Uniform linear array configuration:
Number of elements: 32
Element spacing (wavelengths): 1
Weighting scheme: uniform
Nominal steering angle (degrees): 0
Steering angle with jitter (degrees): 1.701
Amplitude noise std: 0.05
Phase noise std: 0.05

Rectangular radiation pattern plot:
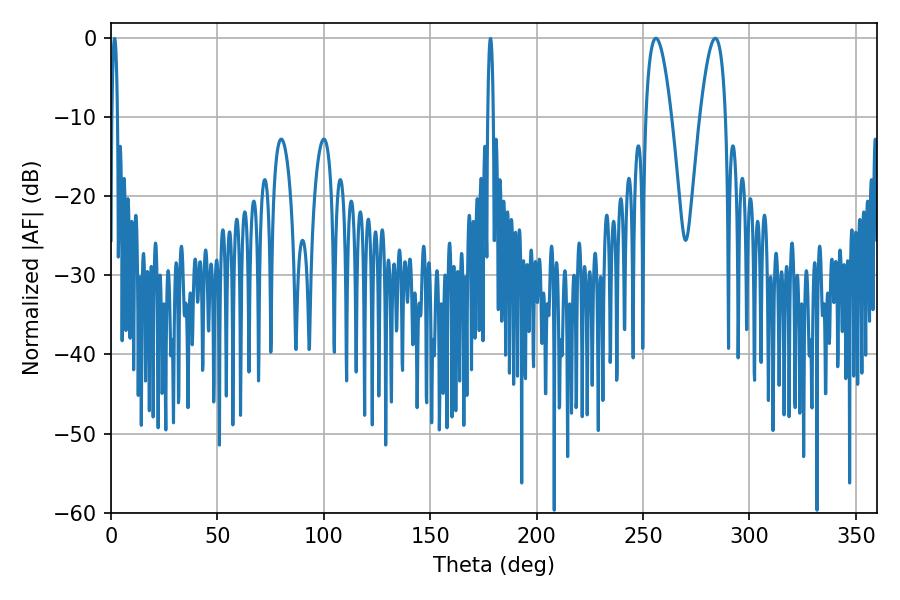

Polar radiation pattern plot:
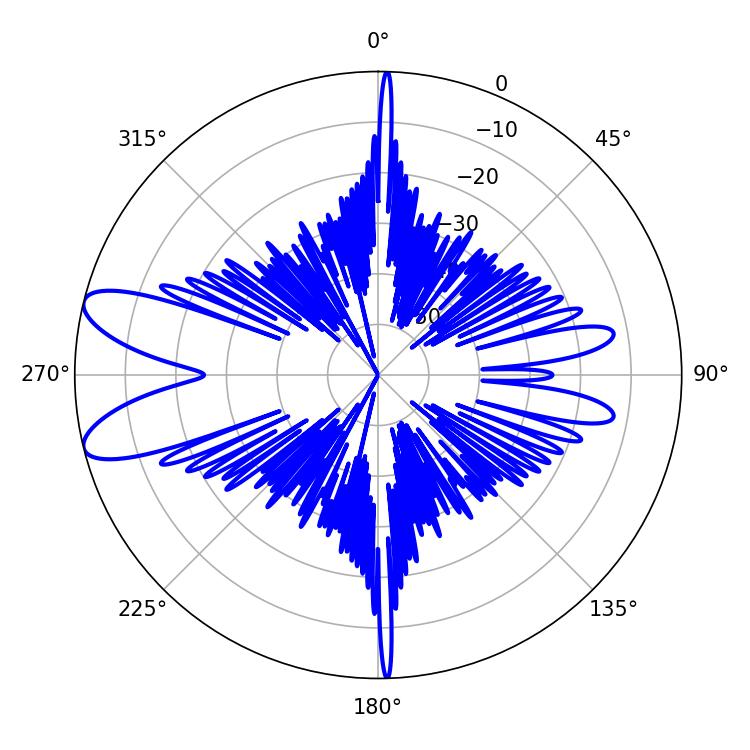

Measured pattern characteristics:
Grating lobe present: TRUE
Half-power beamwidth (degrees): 6.66
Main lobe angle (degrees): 255.96